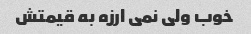
خوب ولی نمی ارزه به قیمتش